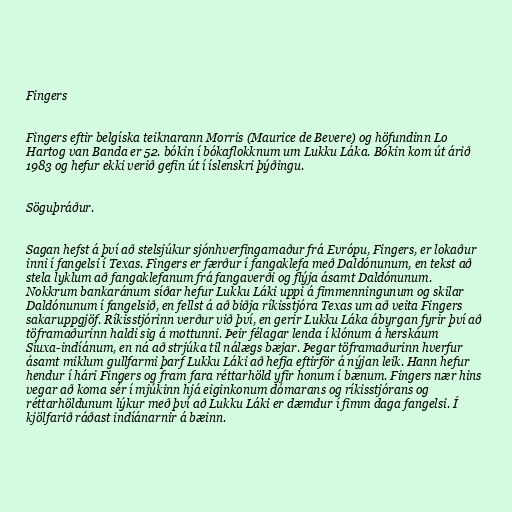
Fingers

Fingers eftir belgíska teiknarann Morris (Maurice de Bevere) og höfundinn Lo
Hartog van Banda er 52. bókin í bókaflokknum um Lukku Láka. Bókin kom út árið
1983 og hefur ekki verið gefin út í íslenskri þýðingu.

Söguþráður.

Sagan hefst á því að stelsjúkur sjónhverfingamaður frá Evrópu, Fingers, er lokaður
inni í fangelsi í Texas. Fingers er færður í fangaklefa með Daldónunum, en tekst að
stela lyklum að fangaklefanum frá fangaverði og flýja ásamt Daldónunum.
Nokkrum bankaránum síðar hefur Lukku Láki uppi á fimmenningunum og skilar
Daldónunum í fangelsið, en fellst á að biðja ríkisstjóra Texas um að veita Fingers
sakaruppgjöf. Ríkisstjórinn verður við því, en gerir Lukku Láka ábyrgan fyrir því að
töframaðurinn haldi sig á mottunni. Þeir félagar lenda í klónum á herskáum
Síuxa-indíánum, en ná að strjúka til nálægs bæjar. Þegar töframaðurinn hverfur
ásamt miklum gullfarmi þarf Lukku Láki að hefja eftirför á nýjan leik. Hann hefur
hendur í hári Fingers og fram fara réttarhöld yfir honum í bænum. Fingers nær hins
vegar að koma sér í mjúkinn hjá eiginkonum dómarans og ríkisstjórans og
réttarhöldunum lýkur með því að Lukku Láki er dæmdur í fimm daga fangelsi. Í
kjölfarið ráðast indíánarnir á bæinn.